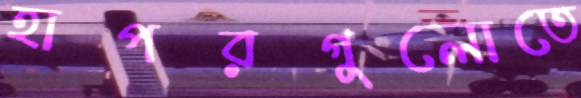
হাপরগুলোতে